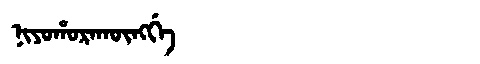
Manchu: ᠨᡳᠶᠣᡥᠣᡵᠠᡴᡡᠩᡤᡝ
Romanization: NIYOHORAKŪNGGE